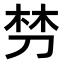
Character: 𭃩